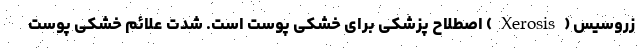
زروسیس (Xerosis) اصطلاح پزشکی برای خشکی پوست است. شدت علائم خشکی پوست